Vaccination in Burma 1900-1911 - 1900-1911
Year: 1900
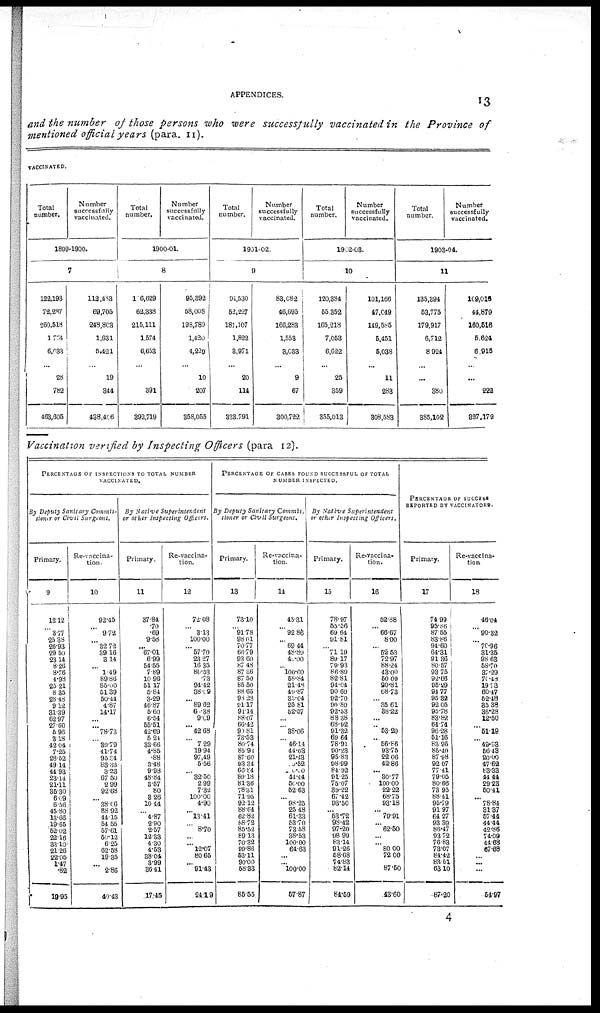
APPENDICES. 13
and the number of those persons who were successfully vaccinated in the Province of
mentioned official years (para. 11).
VACCINATED.
Total
number.
Number
successfully
vaccinated.
1899-1900.
7
122,193
72,287
260,518
1,764
6,033
...
28
782
463,605
113,483
69,705
248,803
1,631
6,421
...
19
344
438,406
Total
number.
Number
successfully
vaccinated.
1900-01.
8
106,629
62,338
215,111
1,574
6,653
...
...
391
392,719
95,392
58,008
198,789
1,420
4,229
...
10
207
358,055
Total
number.
Number
successfully
vaccinated.
1901-02.
9
94,530
52,227
181,107
1,822
3,971
...
20
114
333,791
83,082
46,695
166,283
1,553
8,033
...
9
67
300,722
Total
number.
Number
successfully
vaccinated.
1902-03.
10
120,384
55,352
165,218
7,053
6,622
...
25
359
355,013
101,166
47,049
149,585
5,451
5,038
...
11
288
308,583
Total
number.
Number
successfully
vaccinated.
1903-04.
11
135,394
53,775
179,917
6,712
8,924
...
...
380
885,102
109,015
44,879
160,516
5,624
6,915
...
...
222
827,172
Vaccination verified by Inspecting Officers (para 12).
PERCENTAGE OF INSPECTIONS TO TOTAL NUMBER
VACCINATED.
By Deputy Sanitary Commis-
sioner or Civil Surgeons.
Primary.
9
12.12
...
3.77
25.38
26.93
29.50
23.14
8.26
8.76
4.98
25.21
8.35
28.48
9.12
31.39
62.97
27.60
5.96
3.18
42.04
7.25
28.52
49.14
44.93
23.14
21.11
35.30
6.09
6.56
45.80
13.66
19.65
52.02
22.16
33.10
21.26
22.05
1.47
.82
19.95
Re-vaccina-
tion.
10
92.45
...
9.72
...
32.72
39.16
3.14
...
1.49
89.86
85.00
51.39
50.44
4.87
14.17
...
...
78.73
...
39.79
41.74
95.34
83.33
3.23
67.50
2.99
92.68
...
38.06
83.92
44.15
54.55
57.61
50.12
6.25
62.58
19.35
...
2.86
40.43
By Native
Superintendent
or other Inspecting Officers.
Primary.
11
37.84
.70
.69
9.58
...
67.01
6.99
54.55
7.89
10.96
51.17
5.84
3.29
46.87
5.60
6.54
55.51
42.69
5.24
33.66
4.85
.88
3.48
9.98
48.84
3.57
80
3.26
10.44
...
4.87
2.90
2.57
12.33
4.30
4.53
88.04
3.99
36.41
17.45
Re-vaccina-
tion.
12
72.08
...
3.13
100.00
...
57.70
23.27
16.35
80.53
.73
94.42
38.09
...
89.62
6.38
9.09
... 42.68
...
7.29
19.94
97.49
5.56
...
32.50
2.99
7.32
100.00
4.90
...
13.41
...
8.70
...
...
12.07
80.65
...
91.43
24.19
PERCENTAGE OF CASES FOUND SUCCESSFUL OF TOTAL
NUMBER INSPECTED.
By Deputy Sanitary
Commis.
sioner or Civil Surgeons.
Primary.
13
73.10
...
91.78
98.01
70.77
66.79
93.60
87.48
87.86
87.50
85.50
88.65
98.28
91.17
91.14
88.07
66.42
90.81
73.53
80.74
85.93
87.60
93.34
66.84
89.18
81.36
78.31
71.95
92.12
88.64
62.82
88.72
85.52
89.13
70.31
99.86
53.11
90.00
58.33
85.55
Re-vaccina-
tion.
14
45.31
...
92.86
...
69.44
48.89
40.00
... 100.00
58.84
21.48
49.87
35.04
25.81
52.57
...
...
38.06
...
46.14
44.03
21.43
10.52
10.00
44.44
50.00
52.63
... 98.25
25.48
61.33
53.70
73.58
38.53
100.00 64.63
...
... 100.00
57.87
By Native
Superintendent
or other Inspecting Officers.
Primary.
15
78.97
55.56
69.64
91.81
...
71.19
89.17
79.93
86.89
82.81
94.04
90.69
92.70
90.89
92.53
88.38
68.92
91.32
69.64
78.91
90.23
95.83
98.99
84.02
91.25
75.07
39.22
67.42
93.50
... 53.72
98.42
97.20
98.99
83.14
91.26
58.68
74.83
82.14
84.59
Re-vaccina-
tion.
16
52.88
... 66.67
8.00
...
52.53
72.97
88.24
43.00
50.00
20.81
68.73
...
35.61
38.22
...
...
53.20
...
56.86
93.75
22.06
42.86
... 30.77
100.00
22.22
68.75
93.18
... 79.91
... 62.50
...
...
80.00
72.00
...
87.50
43.60
PERCENTAGE OF SUCCESS
REPORTED BY VACCINATORS.
Primary.
17
74.99
95.86
87.55
83.86
94.60
64.31
91.36
80.57
93.75
92.66
95.29
94.77
95.32
92.05
95.78
83.82
64.74
96.28
51.16
83.96
85.40
87.98
92.07
77.41
79.65
80.66
73.95
88.41
95.79
91.97
64.27
93.39
86.47
93.72
76.83
73.07
84.42
83.51
63.10
87.20
Re-vaccina-
tion
18
46.04
...
90.32
...
70.96
31.35
98.63
58.70
37.29
70.48
19.73
60.47
52.48
35.38
36.28
12.50
...
51.19
...
49.93
56.43
20.00
47.62
83.33
44.44
29.23
50.41
... 78.84
31.37
57.44
44.44
42.86
74.09
44.68
67.68
...
...
...
54.97
4